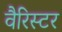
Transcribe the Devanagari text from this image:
वैरिस्टर